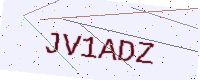
Text: JV1ADZ